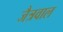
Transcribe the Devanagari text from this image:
जैत्रवाल